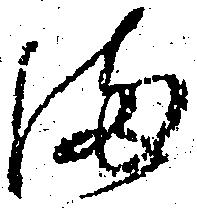
満